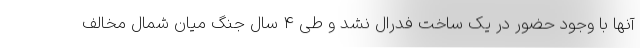
آنها با وجود حضور در یک ساخت فدرال نشد و طی 4 سال جنگ میان شمال مخالف